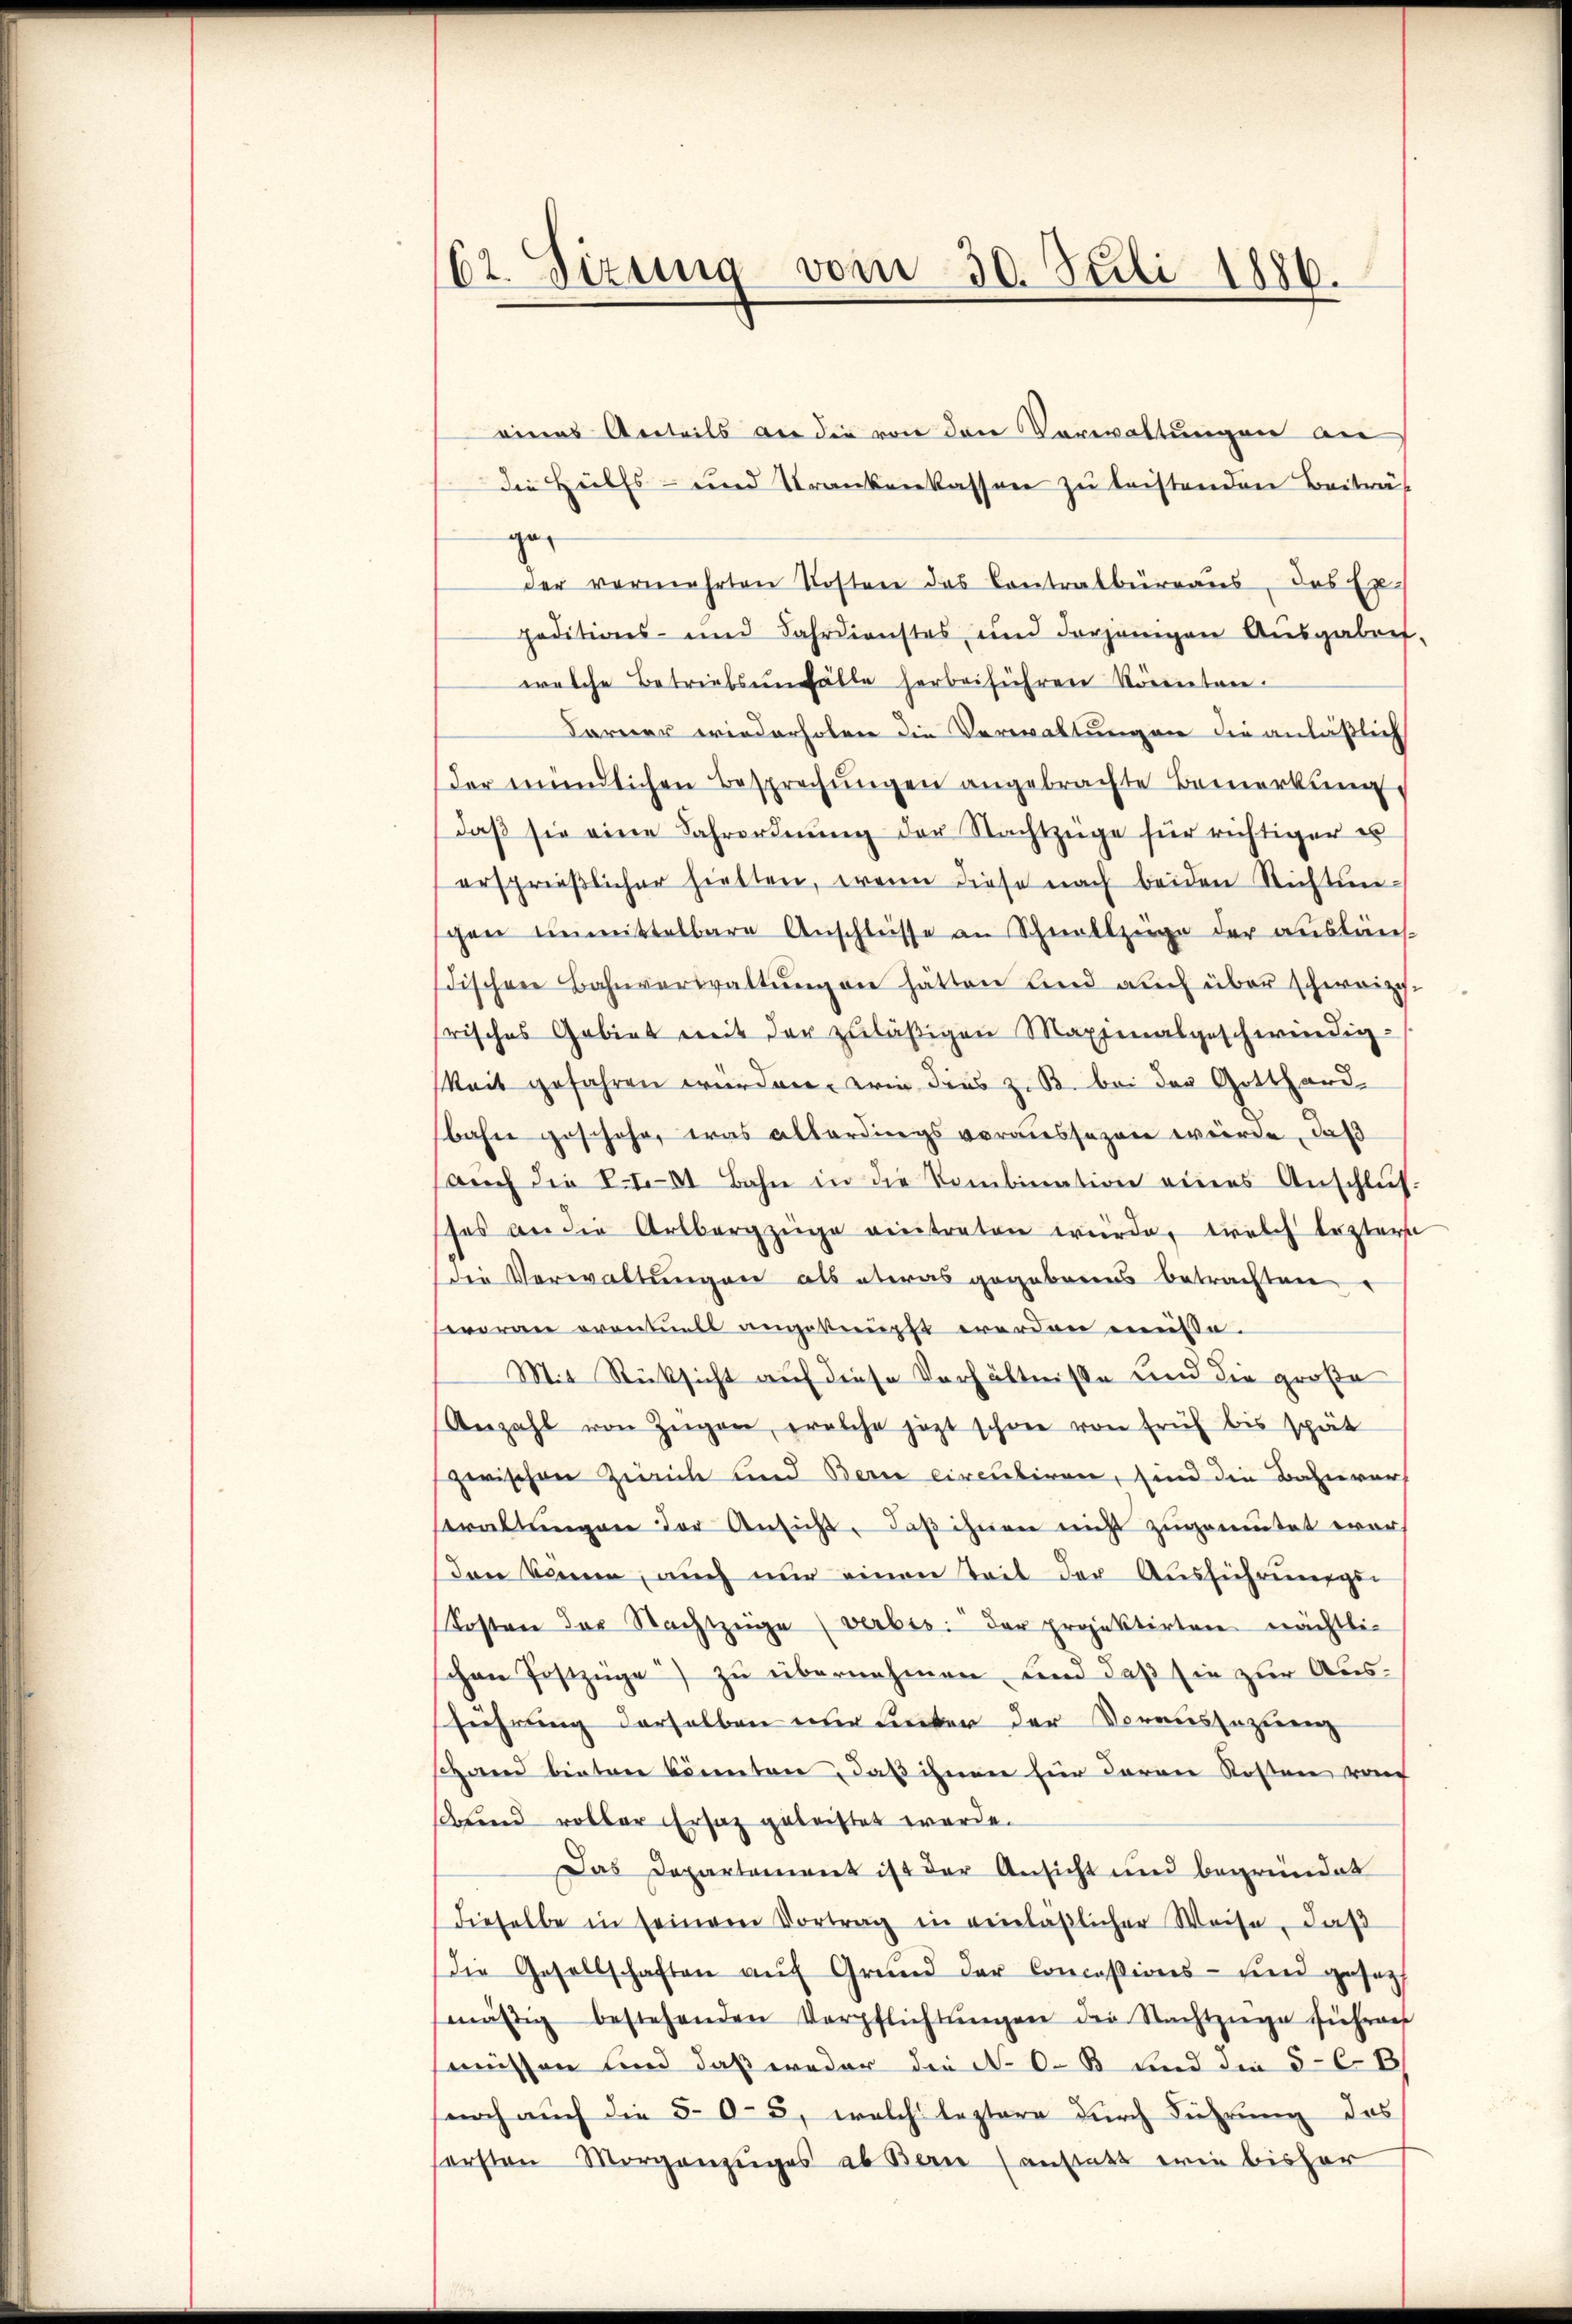
62. Sizung vom 30. Juli 1886.

eines Anteils an die von den Verwaltungen an
die Hülfs- und Krankenkassen zu leistenden Beiträt
ge
der vermehrten Kosten des Contralbüreaus, das Expeditions- und Fahrdienstes und derjenigen Ausgabens-
welche Betriebsunfälle herbeiführen könnten.
Farner wiederholen die Verwaltungen die anläßlich
der mündlichen Besprechungen angebrachte Bemerkung
daβ sie eine Fahrordnŭng der Nachtzüge für richtiger er
ersprießlicher hielten, wenn diese nach beiden Richtungen unmittelbare Anschlüsse an Schnellzüge der ausläuf
dischen Bahnverwaltŭng an hätten sind auch über schweize
frisches Gebiet mit der zuläßigen Maximalgeschwindig-
keit gefahren würden, wie dies z. B. bei der Gotthard-
bahn geschehe, was allerdings voraussagen würde, daß
aŭch die L.101 Bahn in die Kombination eines Anschlus
sses an die Artbergzüge eintreten würde, welch leztern
die Verwaltungen als etwas gegebenens betrachten
woran eventuell angeknüpft werden misse.
Mit Rücksicht auf diese Verhältnisse und die große
Anzahl von Zügen, welche jezt schon von früh bis spät
zerischen Zürich und Bern circuliren, sind die Bahierer
waltŭngen der Ansicht, daß ihnen nicht zugemutet wor
den können, auch nur einen Teil der Ausführunggen
Kosten der Nachtzüge (verbis der projektirten nächtlic
schen Postzüge) zu übernehmen, und daß sie zur Ausführung derselben nur unter der Voraussequenz
shand bieten könnten, daß ihnen für deren Kosten vom
schend voller Ersatz geleistet werde.
Das Departement ist der Ansicht und begründet
dieselbe in seinem Vortrag in einläßlicher Weise, daß
Die Gesellschaften aŭf Grŭnd der Concessions- und gesezt
mäβig bestehenden Verpflichtŭngen der Nachtzüge führens
müssen und daß weder die N. O. B. und die 5-6 B
noch auch die 505, welch leztere durch Führung des
sersten Morgenzuges ab Bern anstatt wie bisher